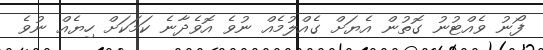
ފޯނު ވެއްޓުނު ގޮތުން އެޔަށް ގެއްލުމެއް ނުވެ އޮވެދާނެ ކަމަކަށް ހިޔެއް ނުވެ